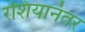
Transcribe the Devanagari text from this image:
रशियानंतर